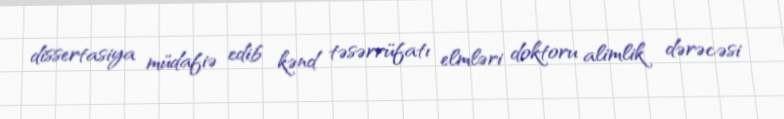
dissertasiya müdafiə edib kənd təsərrüfatı elmləri doktoru alimlik dərəcəsi